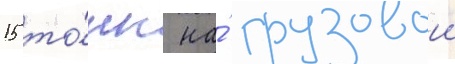
15 то́нн на́ грузовои